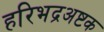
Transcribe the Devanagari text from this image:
हरिभद्रअष्टक